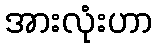
အားလုံးဟာ